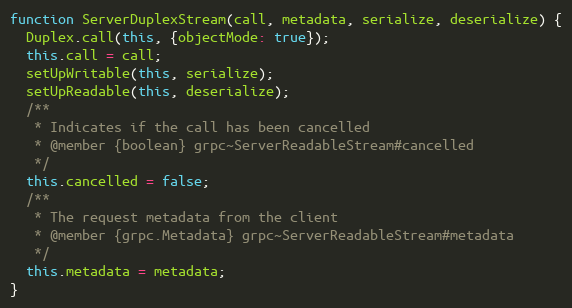
Language: JavaScript
function ServerDuplexStream(call, metadata, serialize, deserialize) {
  Duplex.call(this, {objectMode: true});
  this.call = call;
  setUpWritable(this, serialize);
  setUpReadable(this, deserialize);
  /**
   * Indicates if the call has been cancelled
   * @member {boolean} grpc~ServerReadableStream#cancelled
   */
  this.cancelled = false;
  /**
   * The request metadata from the client
   * @member {grpc.Metadata} grpc~ServerReadableStream#metadata
   */
  this.metadata = metadata;
}